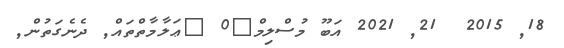
18